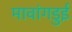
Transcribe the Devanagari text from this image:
मावांगडुई